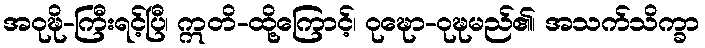
အဝုဍ္ဎိ-ကြီးရင့်ပြီ၊ ဣတိ-ထို့ကြောင့်၊ ဝုဍ္ဎော-ဝုဍ္ဎမည်၏၊ အသက်သိက္ခာ